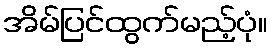
အိမ်ပြင်ထွက်မည့်ပုံ။